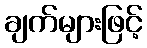
ချက်များဖြင့်